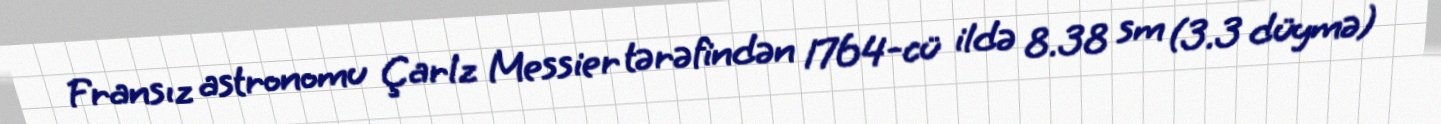
Fransız astronomu Çarlz Messier tərəfindən 1764-cü ildə 8.38 sm (3.3 düymə)